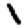
Digit: 1